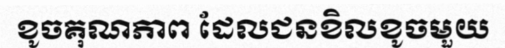
ខូចគុណភាព ដែលជនខិលខូចមួយ